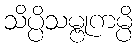
သိပ္ပိသမ္ဗုကမ္ပိ